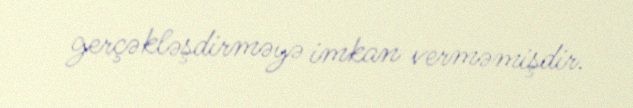
gerçəkləşdirməyə imkan verməmişdir.